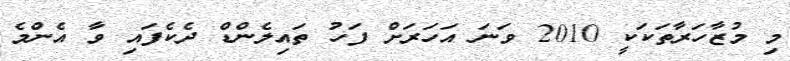
މި މުޒާހަރާތަކަކީ 2010 ވަނަ އަހަރަށް ފަހު ތައިލެންޑް ދެކެފައި ވާ އެންމެ